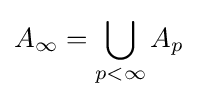
A_{\infty }=\bigcup _{p<\infty }A_{p}